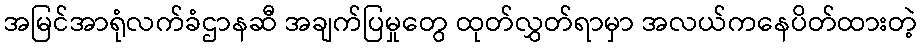
အမြင်အာရုံလက်ခံဌာနဆီ အချက်ပြမှုတွေ ထုတ်လွှတ်ရာမှာ အလယ်ကနေပိတ်ထားတဲ့